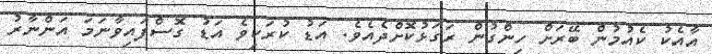
އާއެކު ކެއުމުން ބޭރަށް ހިންގުން ރަގަޅުކޮށްދެއެވެ. އަޑު ކުރަކިވެ އަޑު ގޮސްފައިވާނަމަ އަންނާރު